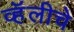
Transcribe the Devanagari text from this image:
व्हॅलीचे